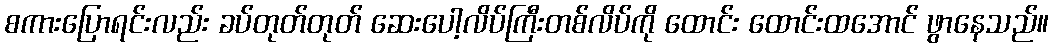
စကားပြောရင်းလည်း ခပ်တုတ်တုတ် ဆေးပေါ့လိပ်ကြီးတစ်လိပ်ကို ထောင်း ထောင်းထအောင် ဖွာနေသည်။